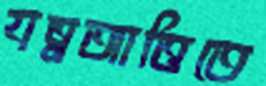
যত্নআত্তিতে